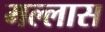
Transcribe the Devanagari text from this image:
मल्लास